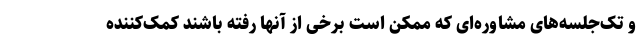
و تک‌جلسه‌های مشاوره‌ای که ممکن است برخی از آنها رفته باشند کمک‌کننده